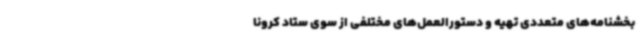
بخشنامه‌های متعددی تهیه و دستورالعمل‌های مختلفی از سوی ستاد کرونا